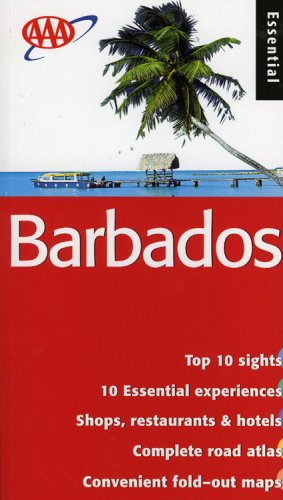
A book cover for AAA Essential Guide: Barbados, 2nd Edition; AAA; Travel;